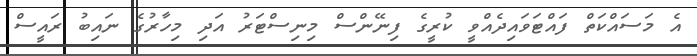
އެ މަސައްކަތް ފައްޓަވައިދެއްވީ ކުރީގެ ފިނޭންސް މިނިސްޓަރު އަދި މިހާރުގެ ނައިބު ރައީސް